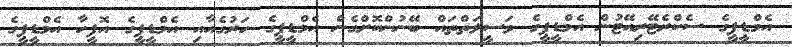
އެމްޑީޕީގެ ސެކްރެޓޭރިއޭޓުން އެމްޑީޕީގެ ވަސީލަތްތައް ބޭނުންކޮށްގެން އެމްޑީޕީގެ ހަރުގެއާއި އެމްޑީޕީގެ އޮފީހާ އެމްޑީޕީގެ